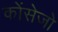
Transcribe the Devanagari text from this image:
कोंसेजो